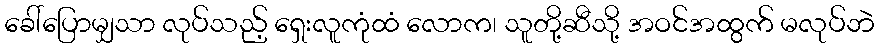
ခေါ်ပြောမျှသာ လုပ်သည့် ရှေးလူကုံထံ လောက၊ သူတို့ဆီသို့ အဝင်အထွက် မလုပ်ဘဲ